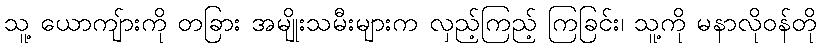
သူ့ ယောကျ်ားကို တခြား အမျိုးသမီးများက လှည့်ကြည့် ကြခြင်း၊ သူ့ကို မနာလိုဝန်တို